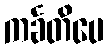
ကင်္ခတိပေ